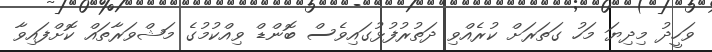
ވަހީދު މިދިޔަ މަހު ގަތަރަށް ކުރެއްވި ދަތުރުފުޅުގައިވެސް ބޮންޑް ވިއްކުމުގެ މަޝްވަރާތައް ކޮށްފައިވާ